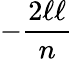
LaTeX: -{\frac{2\ell\ell}{n}}